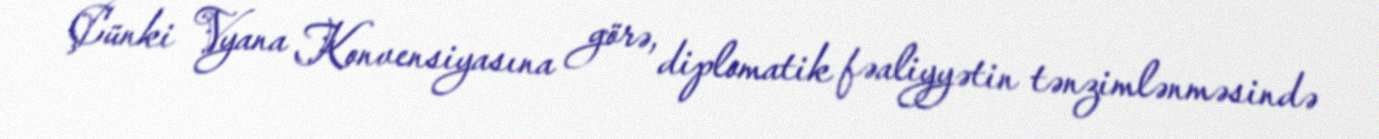
Çünki Vyana Konvensiyasına görə, diplomatik fəaliyyətin tənzimlənməsində